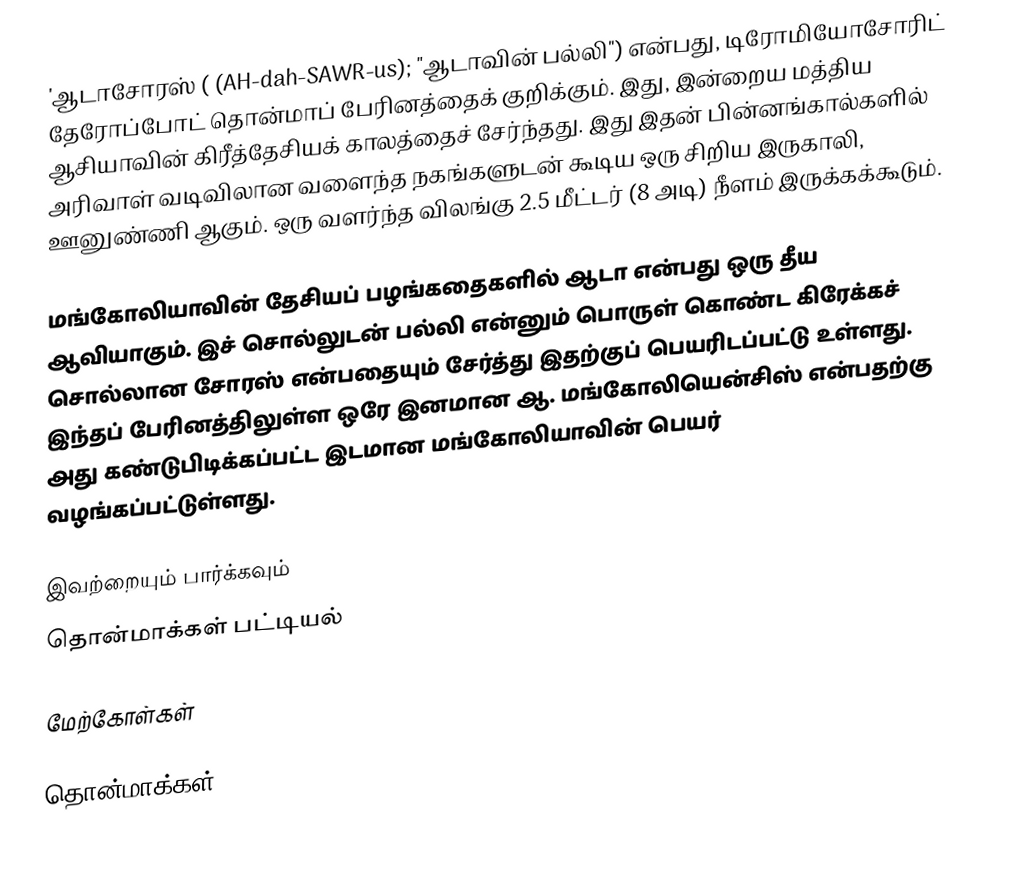
'ஆடாசோரஸ் ( (AH-dah-SAWR-us); "ஆடாவின் பல்லி") என்பது, டிரோமியோசோரிட் தேரோப்போட் தொன்மாப் பேரினத்தைக் குறிக்கும். இது, இன்றைய மத்திய ஆசியாவின் கிரீத்தேசியக் காலத்தைச் சேர்ந்தது. இது இதன் பின்னங்கால்களில் அரிவாள் வடிவிலான வளைந்த நகங்களுடன் கூடிய ஒரு சிறிய இருகாலி, ஊனுண்ணி ஆகும். ஒரு வளர்ந்த விலங்கு 2.5 மீட்டர் (8 அடி) நீளம் இருக்கக்கூடும்.

மங்கோலியாவின் தேசியப் பழங்கதைகளில் ஆடா என்பது ஒரு தீய ஆவியாகும். இச் சொல்லுடன் பல்லி என்னும் பொருள் கொண்ட கிரேக்கச் சொல்லான சோரஸ் என்பதையும் சேர்த்து இதற்குப் பெயரிடப்பட்டு உள்ளது. இந்தப் பேரினத்திலுள்ள ஒரே இனமான ஆ. மங்கோலியென்சிஸ் என்பதற்கு அது கண்டுபிடிக்கப்பட்ட இடமான மங்கோலியாவின் பெயர் வழங்கப்பட்டுள்ளது.

இவற்றையும் பார்க்கவும்
 தொன்மாக்கள் பட்டியல்

மேற்கோள்கள்

தொன்மாக்கள்